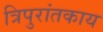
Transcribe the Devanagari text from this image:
त्रिपुरांतकाय